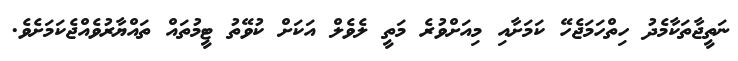
ނަތީޖާތަކާމެދު ހިތްހަމަޖެހޭ ކަމަށާއި މިއަށްވުރެ މަތީ ލެވެލް އަކަށް ކުވޭތު ޓީމުތައް ތައްޔާރުވެއްޖެކަމަށެވެ.